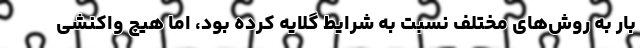
بار به روش‌های مختلف نسبت به شرایط گلایه کرده بود، اما هیچ واکنشی